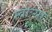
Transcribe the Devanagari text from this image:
म्वाःसा